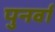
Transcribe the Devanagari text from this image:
पुनर्वा